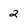
Character: 2